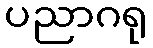
ပညာဂရု